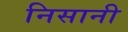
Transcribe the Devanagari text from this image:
निसानी